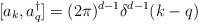
LaTeX: \begin{align*}[a_k,a^\dagger_q]=(2\pi)^{d-1}\delta^{d-1}(k-q)\end{align*}